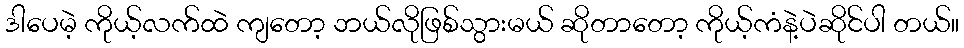
ဒါပေမဲ့ ကိုယ့်လက်ထဲ ကျတော့ ဘယ်လိုဖြစ်သွားမယ် ဆိုတာတော့ ကိုယ့်ကံနဲ့ပဲဆိုင်ပါ တယ်။